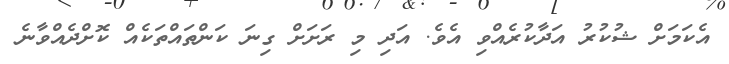
އެކަމަށް ޝުކުރު އަދާކުރެއްވި އެވެ. އަދި މި ރަށަށް ގިނަ ކަންތައްތަކެއް ކޮށްދެއްވާނެ